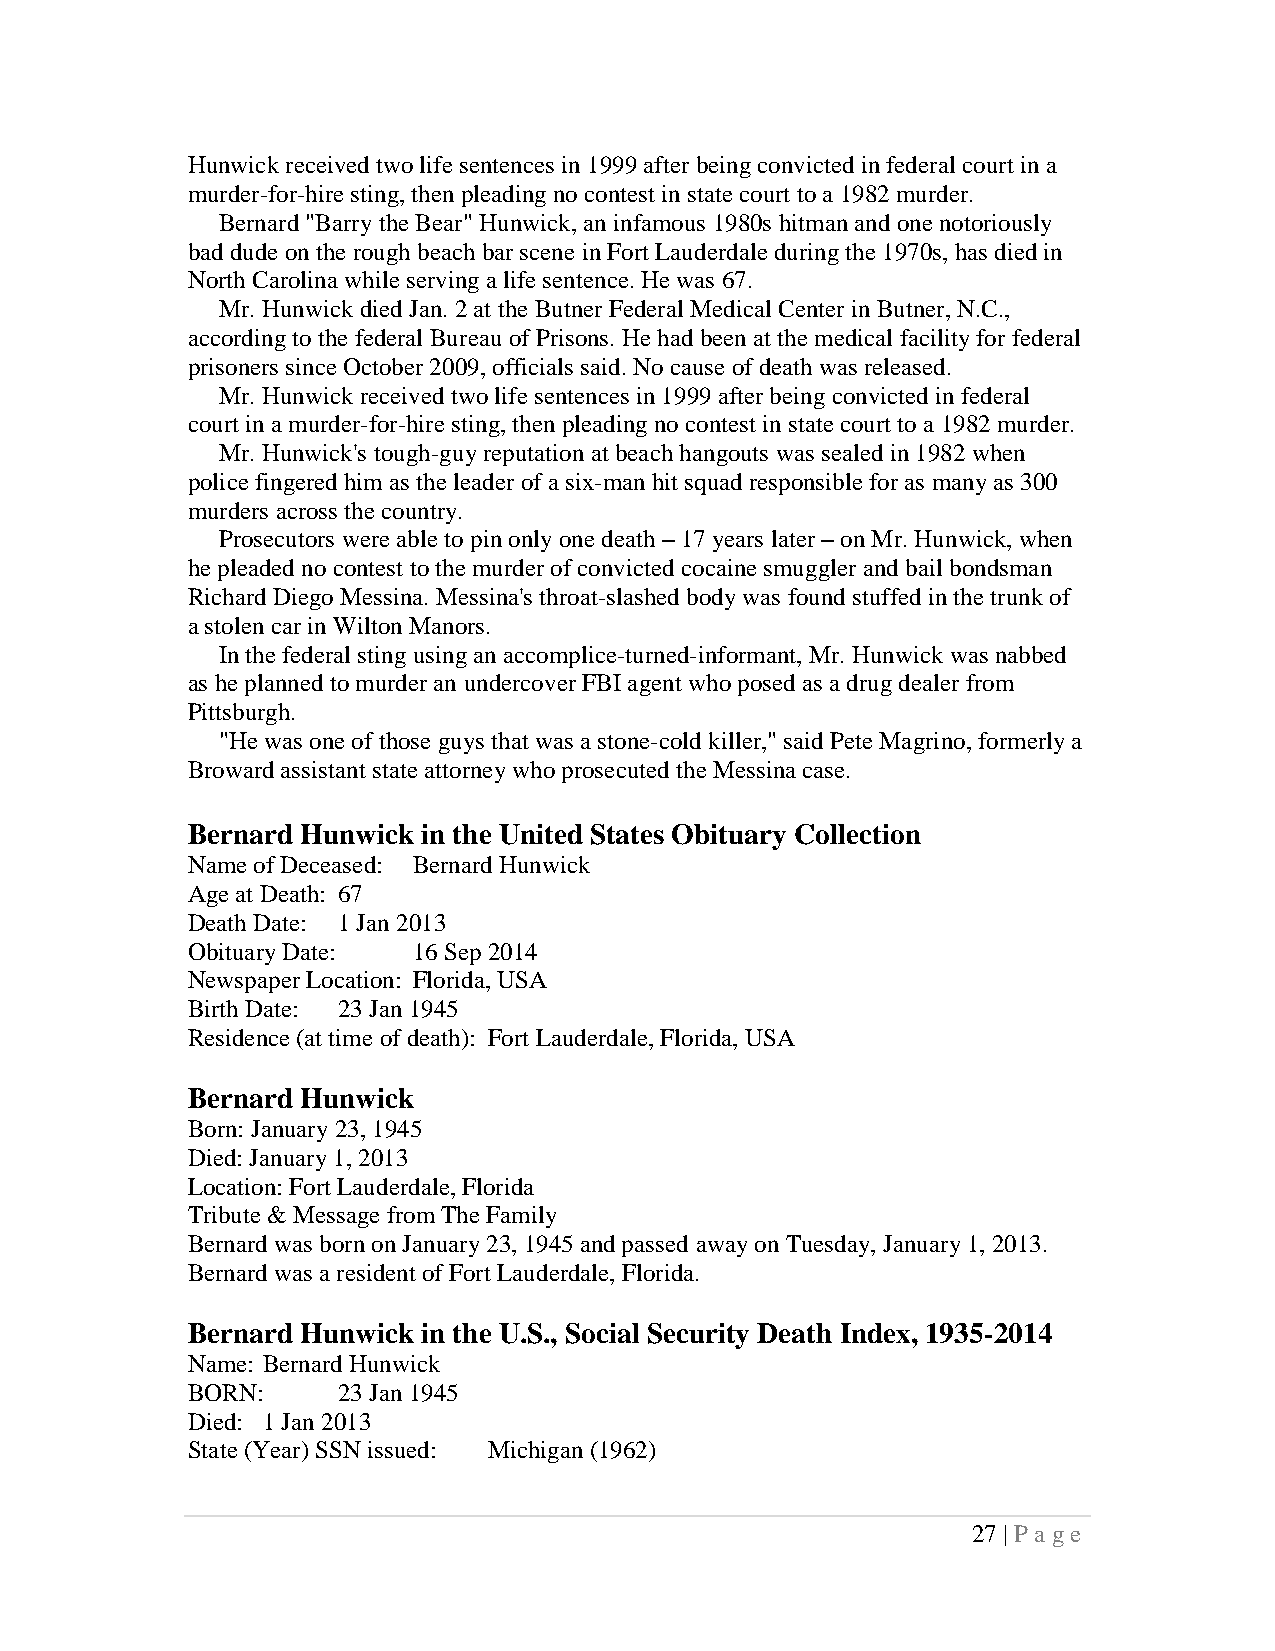
Hunwick received two life sentences in 1999 after being convicted in federal court in a
 murder-for-hire sting, then pleading no contest in state court to a 1982 murder.
 Bernard "Barry the Bear" Hunwick, an infamous 1980s hitman and one notoriously
 bad dude on the rough beach bar scene in Fort Lauderdale during the 1970s, has died in
 North Carolina while serving a life sentence. He was 67.
 Mr. Hunwick died Jan. 2 at the Butner Federal Medical Center in Butner, N.C.,
 according to the federal Bureau of Prisons. He had been at the medical facility for federal
 prisoners since October 2009, officials said. No cause of death was released.
 Mr. Hunwick received two life sentences in 1999 after being convicted in federal
 court in a murder-for-hire sting, then pleading no contest in state court to a 1982 murder.
 Mr. Hunwick's tough-guy reputation at beach hangouts was sealed in 1982 when
 police fingered him as the leader of a six-man hit squad responsible for as many as 300
 murders across the country.
 Prosecutors were able to pin only one death – 17 years later – on Mr. Hunwick, when
 he pleaded no contest to the murder of convicted cocaine smuggler and bail bondsman
 Richard Diego Messina. Messina's throat-slashed body was found stuffed in the trunk of
 a stolen car in Wilton Manors.
 In the federal sting using an accomplice-turned-informant, Mr. Hunwick was nabbed
 as he planned to murder an undercover FBI agent who posed as a drug dealer from
 Pittsburgh.
 "He was one of those guys that was a stone-cold killer," said Pete Magrino, formerly a
 Broward assistant state attorney who prosecuted the Messina case.
 Bernard Hunwick in the United States Obituary Collection
 Name of Deceased: Bernard Hunwick
 Age at Death: 67
 Death Date: 1 Jan 2013
 Obituary Date: 16 Sep 2014
 Newspaper Location: Florida, USA
 Birth Date: 23 Jan 1945
 Residence (at time of death): Fort Lauderdale, Florida, USA
 Bernard Hunwick
 Born: January 23, 1945
 Died: January 1, 2013
 Location: Fort Lauderdale, Florida
 Tribute & Message from The Family
 Bernard was born on January 23, 1945 and passed away on Tuesday, January 1, 2013.
 Bernard was a resident of Fort Lauderdale, Florida.
 Bernard Hunwick in the U.S., Social Security Death Index, 1935-2014
 Name: Bernard Hunwick
 BORN:     23 Jan 1945
 Died: 1 Jan 2013
 State (Year) SSN issued: Michigan (1962)
 27 | P a ge